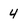
Character: 4